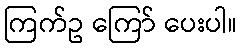
ကြက်ဥ ကြော် ပေးပါ။